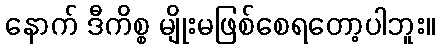
နောက် ဒီကိစ္စ မျိုးမဖြစ်စေရတော့ပါဘူး။